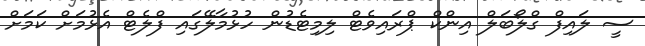
ސީ ލައިފް ގްލޯބަލް އިންކް ޕްރައިވެޓް ލިމިޓެޑުން ހުޅުމާލޭގައި ފްލެޓް އެޅުމަށް ކަމަށް